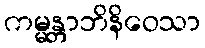
ကမ္မန္တာဘိနိဝေသာ